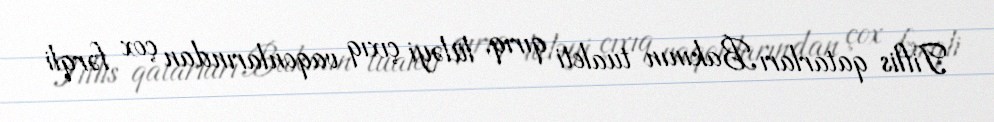
Tiflis qatarları Bakının tualeti qırıq, lüləyi çıxıq vaqonlarından çox fərqli